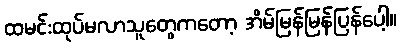
ထမင်းထုပ်မလာသူတွေကတော့ အိမ်မြန်မြန်ပြန်ပေါ့။